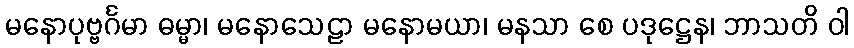
မနောပုဗ္ဗင်္ဂမာ ဓမ္မာ၊ မနောသေဠာ မနောမယာ၊ မနသာ စေ ပဒုဋ္ဌေန၊ ဘာသတိ ဝါ